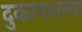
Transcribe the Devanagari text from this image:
दुकानातल्या